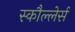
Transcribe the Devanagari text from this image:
स्कौल्लेर्स